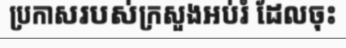
ប្រកាសរបស់ក្រសួងអប់រំ ដែលចុះ